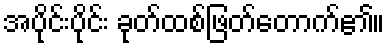
အပိုင်းပိုင်း ခုတ်ထစ်ဖြတ်တောက်၏။